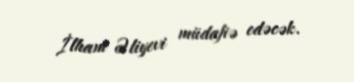
İlham Əliyevi müdafiə edəcək.